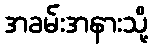
အခမ်းအနားသို့